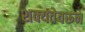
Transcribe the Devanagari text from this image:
शक्यतेवरून